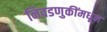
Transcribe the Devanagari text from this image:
निवडणुकींमधून